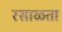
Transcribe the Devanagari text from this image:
रसाळता